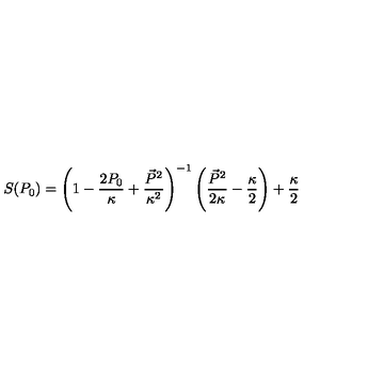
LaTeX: S ( P _ { 0 } ) = \left( 1 - \frac { 2 P _ { 0 } } { \kappa } + \frac { \vec { P } ^ { 2 } } { \kappa ^ { 2 } } \right) ^ { - 1 } \left( \frac { \vec { P } ^ { 2 } } { 2 \kappa } - \frac { \kappa } { 2 } \right) + \frac { \kappa } { 2 }